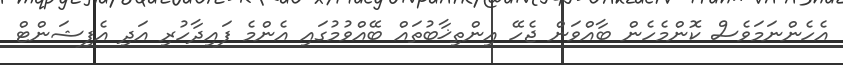
އެހެންނަމަވެސް ކޮންމެހެން ބާއްވަން ޖެހޭ އިންތިޚާބުތައް ބޭއްވުމުގައި އެންމެ ފައިދާހުރި އަދި އެފިޝަންޓް